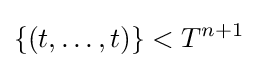
\{(t,\dots ,t)\}<T^{n+1}